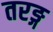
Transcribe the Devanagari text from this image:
तरङ्ग